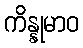
ကိန္နုမာဝ